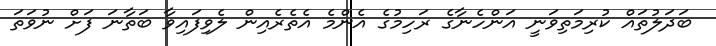
ބަދަލުތައް ކުރިމަތިވަނީ އަންހެނާގެ ރަހިމުގެ އެންމެ އެތެރެއިން ލެވިފައިވާ ބަތާނަ ފަށް ނުވަތަ